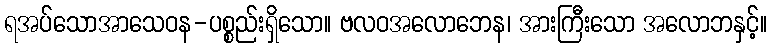
ရအပ်သောအာသေဝန-ပစ္စည်းရှိသော။ ဗလဝအလောဘေန၊ အားကြီးသော အလောဘနှင့်။